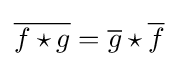
{\overline {f\star g}}={\overline {g}}\star {\overline {f}}